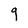
Character: g